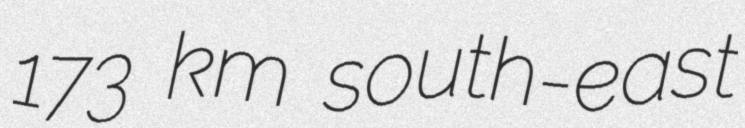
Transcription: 173 km south-east